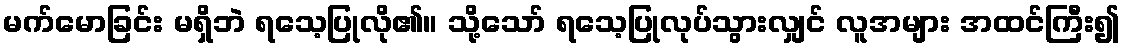
မက်မောခြင်း မရှိဘဲ ရသေ့ပြုလို၏။ သို့သော် ရသေ့ပြုလုပ်သွားလျှင် လူအများ အထင်ကြီး၍